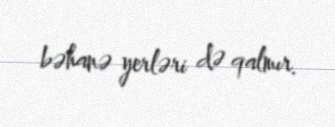
bəhanə yerləri də qalmır.